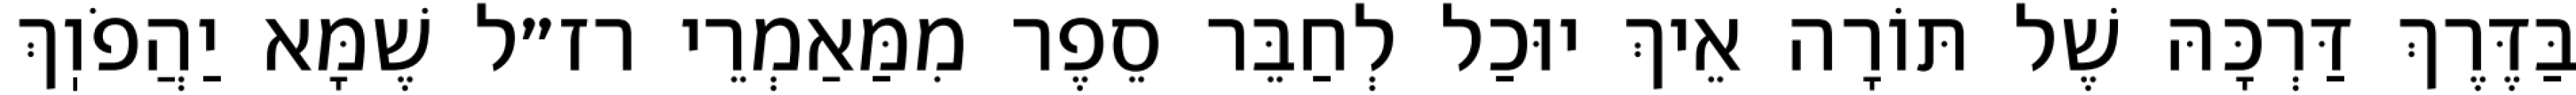
בַּדֶּרֶךְ דַּרְכָּהּ שֶׁל תּוֹרָה אֵיךְ יוּכַל לְחַבֵּר סֵפֶר מִמַּאַמְרֵי רז״ל שֶׁמָּא יַהֲפֹוֽךְ